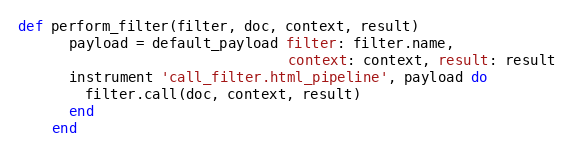
Language: Ruby
def perform_filter(filter, doc, context, result)
      payload = default_payload filter: filter.name,
                                context: context, result: result
      instrument 'call_filter.html_pipeline', payload do
        filter.call(doc, context, result)
      end
    end